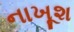
નાખૂશ